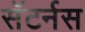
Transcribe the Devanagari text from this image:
सॅटर्नस